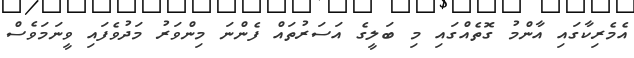
އެމެރިކާގައި އާންމު ގޮތެއްގައި މި ބަލީގެ އަސަރުތައް ފެންނަ މިންވަރު މަދުވެފައި ވީނަމަވެސް